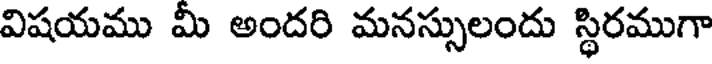
విషయము మీ అందరి మనస్సులందు స్థిరముగా